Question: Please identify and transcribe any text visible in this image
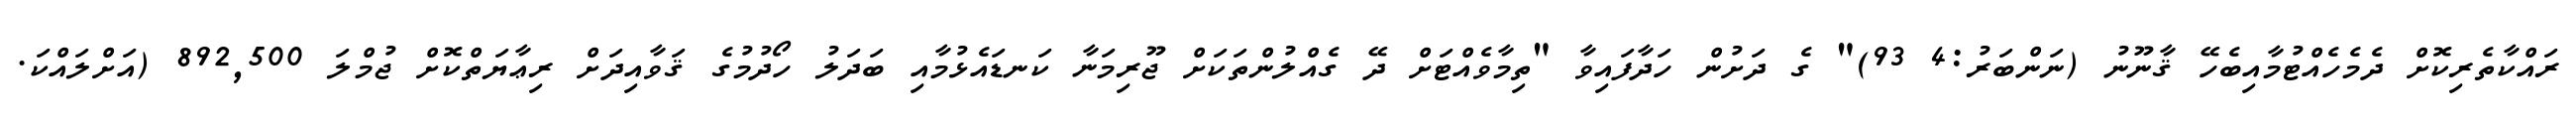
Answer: ރައްކާތެރިކޮށް ދެމެހެއްޓުމާއިބެހޭ ޤާނޫނު (ނަންބަރު:4 93)" ގެ ދަށުން ހަދާފައިވާ "ތިމާވެއްޓަށް ދޭ ގެއްލުންތަކަށް ޖޫރިމަނާ ކަނޑައެޅުމާއި ބަދަލު ހޯދުމުގެ ޤަވާއިދަށް ރިޢާޔަތްކޮށް ޖުމްލަ 892,500 (އަށްލައްކަ.